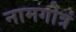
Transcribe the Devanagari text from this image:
नामगोत्रं